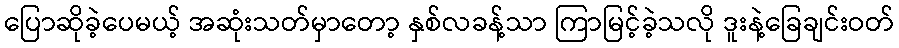
ပြောဆိုခဲ့ပေမယ့် အဆုံးသတ်မှာတော့ နှစ်လခန့်သာ ကြာမြင့်ခဲ့သလို ဒူးနဲ့ခြေချင်းဝတ်